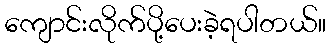
ကျောင်းလိုက်ပို့ပေးခဲ့ရပါတယ်။